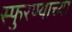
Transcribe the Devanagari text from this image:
स्फुरण्याच्या